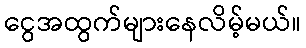
ငွေအထွက်များနေလိမ့်မယ်။